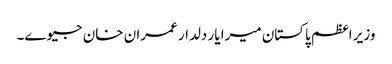
وزیر اعظم پاکستان میرا یار دلدار عمران خان جیوے۔